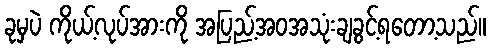
ခုမှပဲ ကိုယ့်လုပ်အားကို အပြည့်အဝအသုံးချခွင့်ရတော့သည်။